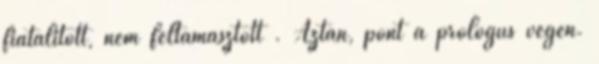
fiatalított, nem feltámasztott . Aztán, pont a prológus végén.